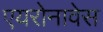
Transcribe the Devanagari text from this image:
एयरोनावेस